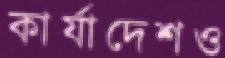
কার্যাদেশও